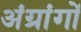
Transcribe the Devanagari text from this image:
अंग्रांगों